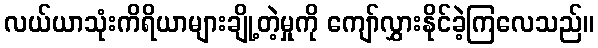
လယ်ယာသုံးကိရိယာများချို့တဲ့မှုကို ကျော်လွှားနိုင်ခဲ့ကြလေသည်။